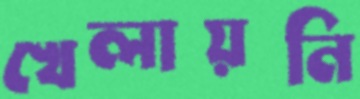
খেলায়নি